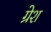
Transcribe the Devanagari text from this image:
ग्रेश